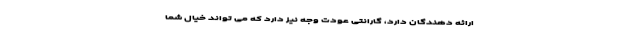
ارائه دهندگان دارد، گارانتی عودت وجه نیز دارد که می تواند خیال شما